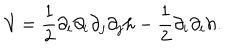
\mathcal { V } = \frac { 1 } { 2 } \partial _ { i } \partial _ { i } \partial _ { j } \partial _ { j } h - \frac { 1 } { 2 } \partial _ { i } \partial _ { i } h .